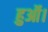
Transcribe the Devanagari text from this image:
हुऑ।